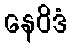
နေဝိဒံ